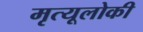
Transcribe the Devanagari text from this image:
मृत्यूलोकी